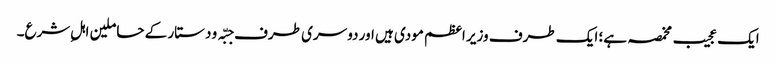
ایک عجیب مخمصہ ہے؛ ایک طرف وزیر اعظم مودی ہیں اور دوسری طرف جبّہ و دستار کے حاملین اہلِ شرع۔